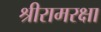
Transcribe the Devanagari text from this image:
श्रीरामरक्षा